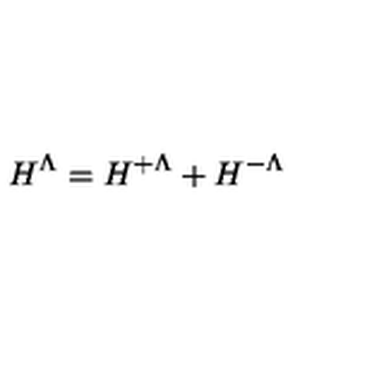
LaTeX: H ^ { \Lambda } = H ^ { + \Lambda } + H ^ { - \Lambda }